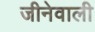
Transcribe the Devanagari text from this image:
जीनेवाली